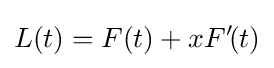
L(t)=F(t)+xF'\!(t)